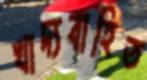
খাদ্যবাহিত